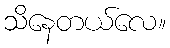
သိနေတယ်လေ။